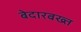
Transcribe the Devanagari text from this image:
बेदारबख्त